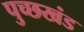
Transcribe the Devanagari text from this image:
पुच्छखंड